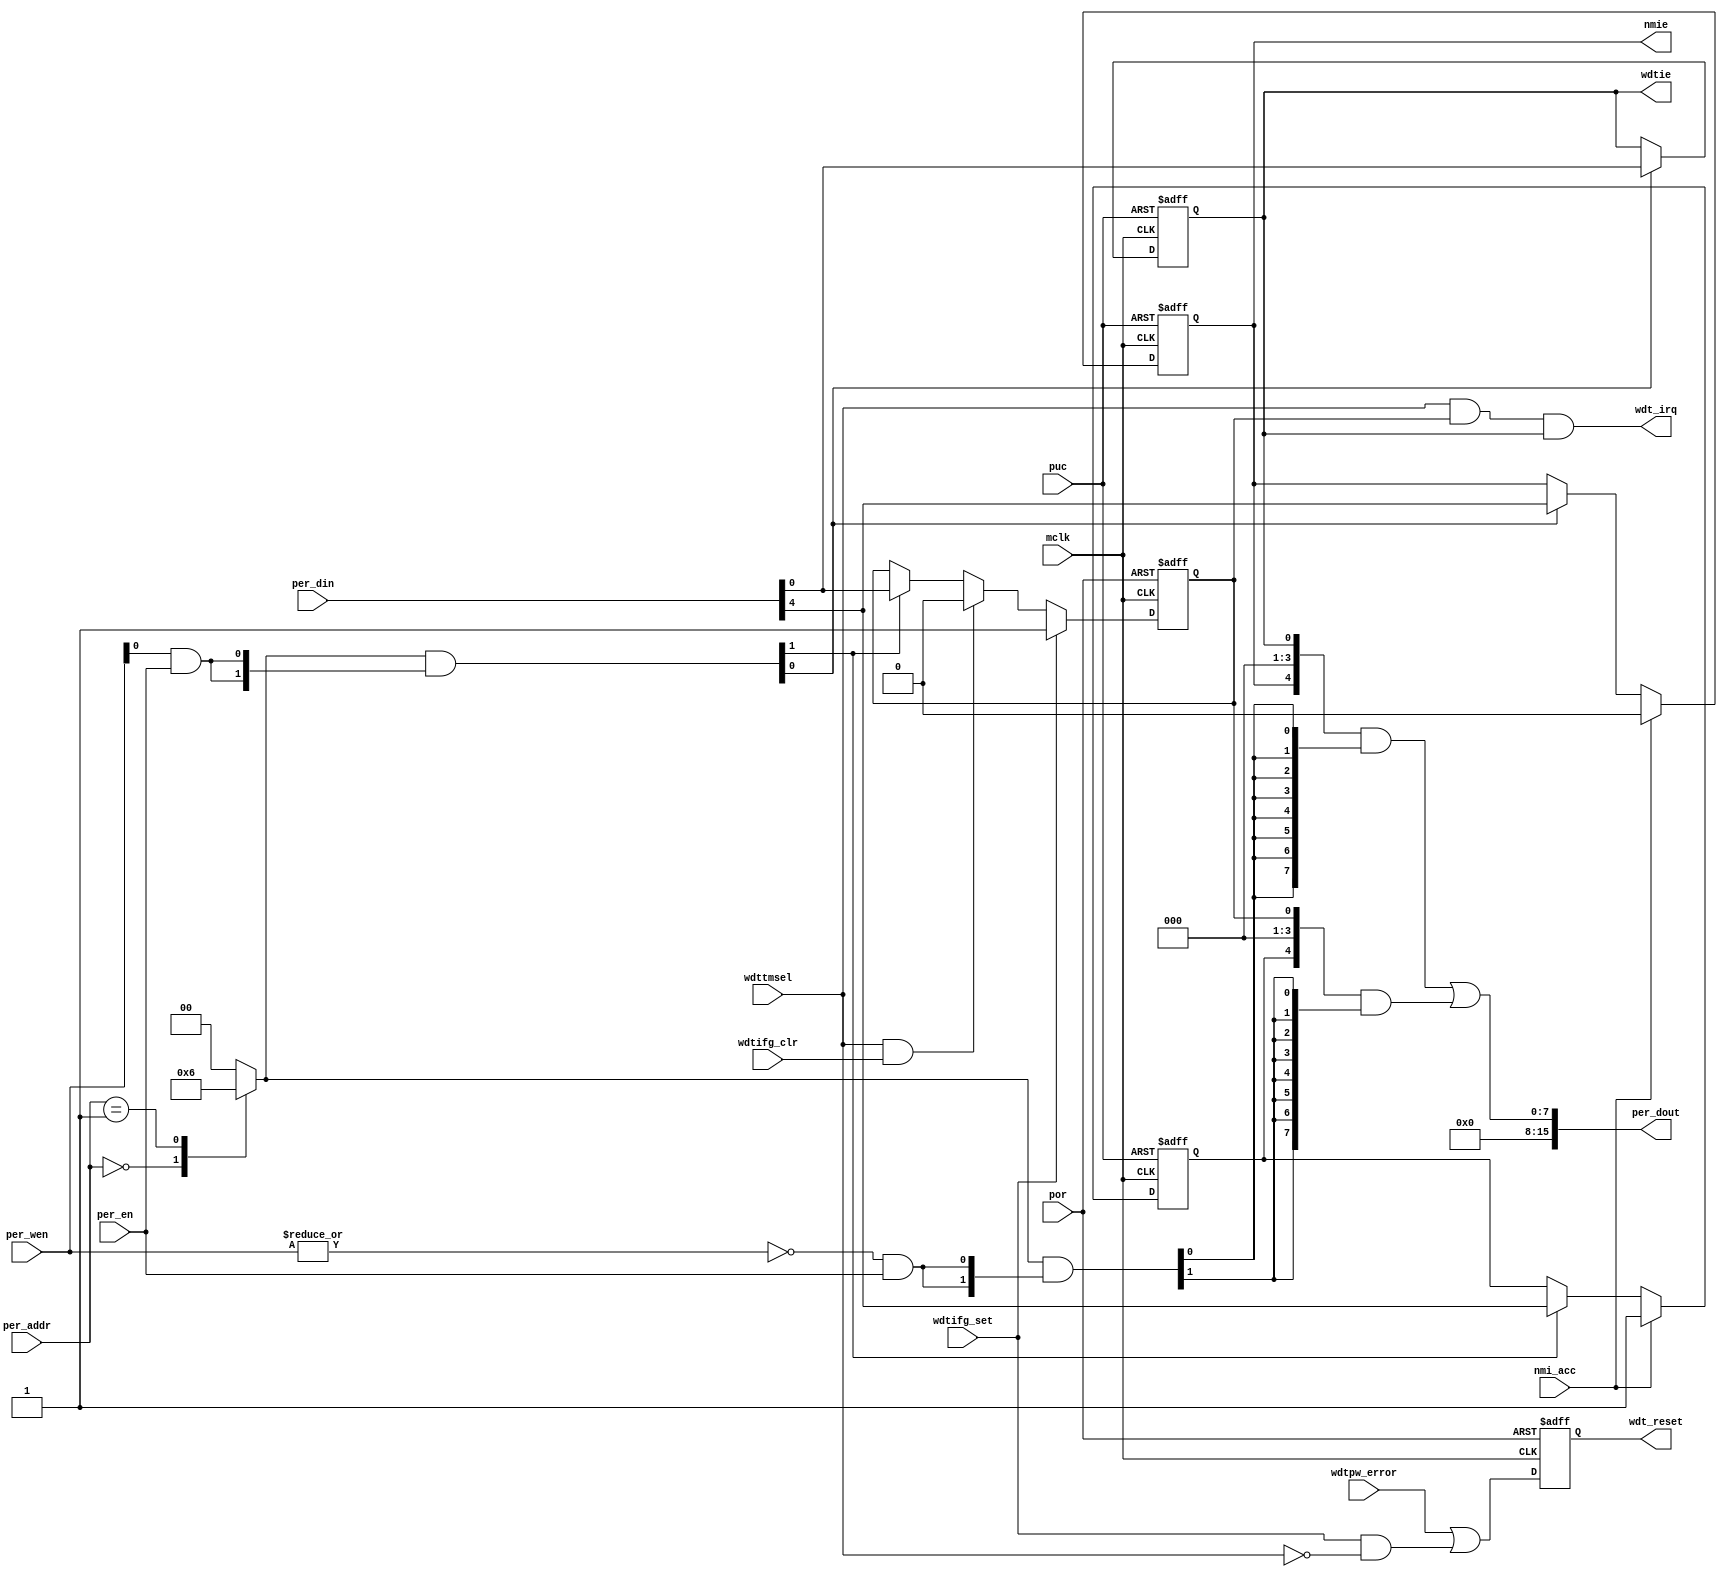
module  omsp_sfr (

// OUTPUTs
    nmie,                         // Non-maskable interrupt enable
    per_dout,                     // Peripheral data output
    wdt_irq,                      // Watchdog-timer interrupt
    wdt_reset,                    // Watchdog-timer reset
    wdtie,                        // Watchdog-timer interrupt enable

// INPUTs
    mclk,                         // Main system clock
    nmi_acc,                      // Non-Maskable interrupt request accepted
    per_addr,                     // Peripheral address
    per_din,                      // Peripheral data input
    per_en,                       // Peripheral enable (high active)
    per_wen,                      // Peripheral write enable (high active)
    por,                          // Power-on reset
    puc,                          // Main system reset
    wdtifg_clr,                   // Clear Watchdog-timer interrupt flag
    wdtifg_set,                   // Set Watchdog-timer interrupt flag
    wdtpw_error,                  // Watchdog-timer password error
    wdttmsel                      // Watchdog-timer mode select
);

// OUTPUTs
//=========
output              nmie;         // Non-maskable interrupt enable
output       [15:0] per_dout;     // Peripheral data output
output              wdt_irq;      // Watchdog-timer interrupt
output              wdt_reset;    // Watchdog-timer reset
output              wdtie;        // Watchdog-timer interrupt enable

// INPUTs
//=========
input               mclk;         // Main system clock
input               nmi_acc;      // Non-Maskable interrupt request accepted
input         [7:0] per_addr;     // Peripheral address
input        [15:0] per_din;      // Peripheral data input
input               per_en;       // Peripheral enable (high active)
input         [1:0] per_wen;      // Peripheral write enable (high active)
input               por;          // Power-on reset
input               puc;          // Main system reset
input               wdtifg_clr;   // Clear Watchdog-timer interrupt flag
input               wdtifg_set;   // Set Watchdog-timer interrupt flag
input               wdtpw_error;  // Watchdog-timer password error
input               wdttmsel;     // Watchdog-timer mode select


//=============================================================================
// 1)  PARAMETER DECLARATION
//=============================================================================

// Register addresses
parameter           IE1        = 9'h000;
parameter           IFG1       = 9'h002;

// Register one-hot decoder
parameter           IE1_D      = (256'h1 << (IE1  /2));
parameter           IFG1_D     = (256'h1 << (IFG1 /2)); 


//============================================================================
// 2)  REGISTER DECODER
//============================================================================

// Register address decode
reg  [255:0]  reg_dec; 
always @(per_addr)
  case (per_addr)
    (IE1  /2):     reg_dec  =  IE1_D;
    (IFG1 /2):     reg_dec  =  IFG1_D;
    default  :     reg_dec  =  {256{1'b0}};
  endcase

// Read/Write probes
wire         reg_lo_write =  per_wen[0] & per_en;
wire         reg_hi_write =  per_wen[1] & per_en;
wire         reg_read     = ~|per_wen   & per_en;

// Read/Write vectors
wire [255:0] reg_hi_wr    = reg_dec & {256{reg_hi_write}};
wire [255:0] reg_lo_wr    = reg_dec & {256{reg_lo_write}};
wire [255:0] reg_rd       = reg_dec & {256{reg_read}};


//============================================================================
// 3) REGISTERS
//============================================================================

// IE1 Register
//--------------
wire [7:0] ie1;
wire       ie1_wr  = IE1[0] ? reg_hi_wr[IE1/2] : reg_lo_wr[IE1/2];
wire [7:0] ie1_nxt = IE1[0] ? per_din[15:8]    : per_din[7:0];

reg        nmie;
always @ (posedge mclk or posedge puc)
  if (puc)          nmie  <=  1'b0;
  else if (nmi_acc) nmie  <=  1'b0; 
  else if (ie1_wr)  nmie  <=  ie1_nxt[4];    

reg        wdtie;
always @ (posedge mclk or posedge puc)
  if (puc)           wdtie <=  1'b0;
  else if (ie1_wr)   wdtie <=  ie1_nxt[0];    

assign  ie1 = {3'b000, nmie, 3'b000, wdtie};


// IFG1 Register
//---------------
wire [7:0] ifg1;
wire       ifg1_wr  = IFG1[0] ? reg_hi_wr[IFG1/2] : reg_lo_wr[IFG1/2];
wire [7:0] ifg1_nxt = IFG1[0] ? per_din[15:8]     : per_din[7:0];

reg        nmiifg;
always @ (posedge mclk or posedge puc)
  if (puc)           nmiifg <=  1'b0;
  else if (nmi_acc)  nmiifg <=  1'b1;
  else if (ifg1_wr)  nmiifg <=  ifg1_nxt[4];

reg        wdtifg;
always @ (posedge mclk or posedge por)
  if (por)                        wdtifg <=  1'b0;
  else if (wdtifg_set)            wdtifg <=  1'b1;
  else if (wdttmsel & wdtifg_clr) wdtifg <=  1'b0;
  else if (ifg1_wr)               wdtifg <=  ifg1_nxt[0];

assign  ifg1 = {3'b000, nmiifg, 3'b000, wdtifg};


//============================================================================
// 4) DATA OUTPUT GENERATION
//============================================================================

// Data output mux
wire [15:0] ie1_rd   = (ie1  & {8{reg_rd[IE1/2]}})  << (8 & {4{IE1[0]}});
wire [15:0] ifg1_rd  = (ifg1 & {8{reg_rd[IFG1/2]}}) << (8 & {4{IFG1[0]}});

wire [15:0] per_dout =  ie1_rd   |
                        ifg1_rd;


//=============================================================================
// 5)  WATCHDOG INTERRUPT & RESET
//=============================================================================

// Watchdog interrupt generation
//---------------------------------
wire    wdt_irq      = wdttmsel & wdtifg & wdtie;

   
// Watchdog reset generation
//-----------------------------
reg     wdt_reset;

always @ (posedge mclk or posedge por)
  if (por) wdt_reset <= 1'b0;
  else     wdt_reset <= wdtpw_error | (wdtifg_set & ~wdttmsel);


endmodule